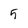
Character: 5